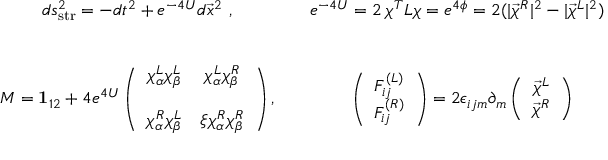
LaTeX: \begin{array} { c c c } { { d s _ { \mathrm { s t r } } ^ { 2 } = - d t ^ { 2 } + e ^ { - 4 U } d \vec { x } ^ { 2 } \ , } } & { { } } & { { e ^ { - 4 U } = 2 \, \chi ^ { T } L \chi = e ^ { 4 \phi } = 2 ( | \vec { \chi } ^ { R } | ^ { 2 } - | \vec { \chi } ^ { L } | ^ { 2 } ) \ , } } \\ { { \nonumber } } \\ { { \nonumber } } \\ { { { \cal M } = { \bf 1 } _ { 1 2 } + 4 e ^ { 4 U } \left( \begin{array} { c c } { { \chi _ { \alpha } ^ { L } \chi _ { \beta } ^ { L } } } & { { \chi _ { \alpha } ^ { L } \chi _ { \beta } ^ { R } } } \\ { { \nonumber } } \\ { { \chi _ { \alpha } ^ { R } \chi _ { \beta } ^ { L } } } & { { \xi \chi _ { \alpha } ^ { R } \chi _ { \beta } ^ { R } } } \end{array} \right) , } } & { { } } & { { \left( \begin{array} { c } { { F _ { i j } ^ { ( L ) } } } \\ { { F _ { i j } ^ { ( R ) } } } \end{array} \right) = 2 \epsilon _ { i j m } \partial _ { m } \left( \begin{array} { c } { { \vec { \chi } ^ { L } } } \\ { { \vec { \chi } ^ { R } } } \end{array} \right) } } \end{array}